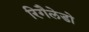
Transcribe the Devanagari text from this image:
रिगैलेडो